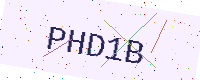
Text: PHD1B